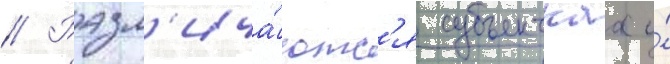
// Разл'ича́ютс'я субъектнаа и́